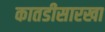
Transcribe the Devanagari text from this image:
कातडीसारखा